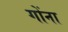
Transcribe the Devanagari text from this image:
गोंना